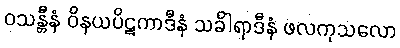
ဝသန္တီနံ ဝိနယပိဋကာဒီနံ သင်္ခါရာဒီနံ ဖလကုသလော